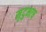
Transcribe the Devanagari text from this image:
मृदुभाष